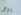
يومى